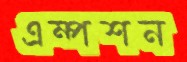
এম্পশন